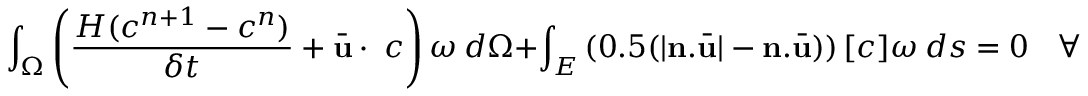
\int _ { \Omega } \left( \frac { H ( c ^ { n + 1 } - c ^ { n } ) } { \delta t } + \bar { \mathbf { u } } \cdot \mathbf { \nabla } c \right) \omega ~ d \Omega + \int _ { E } \left( 0 . 5 ( | \mathbf { n } . \bar { \mathbf { u } } | - \mathbf { n } . \bar { \mathbf { u } } ) \right) [ c ] \omega ~ d s = 0 ~ ~ ~ ~ \forall \omega ,